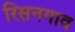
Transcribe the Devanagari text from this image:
रिसनगाव